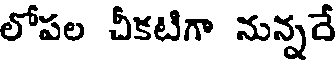
లోపల చీకటిగా నున్నదే